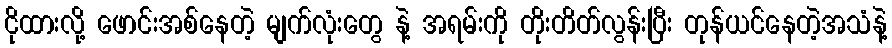
ငိုထားလို့ ဖောင်းအစ်နေတဲ့ မျက်လုံးတွေ နဲ့ အရမ်းကို တိုးတိတ်လွန်းပြီး တုန်ယင်နေတဲ့အသံနဲ့